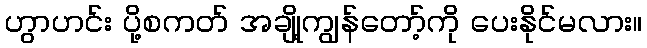
ဟွာဟင်း ပို့စကတ် အချို့ကျွန်တော့်ကို ပေးနိုင်မလား။